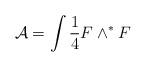
LaTeX: \begin{align*}{\mathcal A}=\int \frac{1}{4} F\wedge ^* F\end{align*}